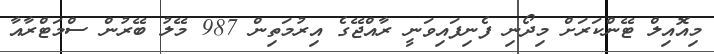
މިއޮއިލް ޓޭންކަރަށް މިދޯނި ފެނިފައިވަނީ ރާއްޖޭގެ އިރުމަތިން 987 މޭލު ބޭރުން ސްމަޓްރާއާ